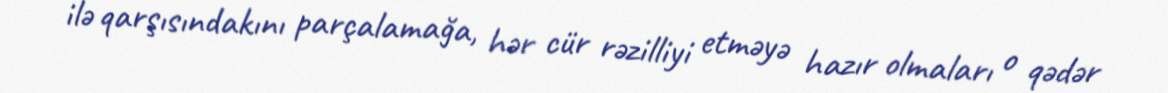
ilə qarşısındakını parçalamağa, hər cür rəzilliyi etməyə hazır olmaları o qədər